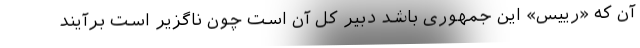
آن که «رییس» این جمهوری باشد دبیر کل آن است چون ناگزیر است برآیند